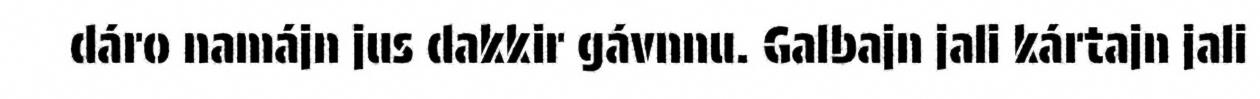
dáro namájn jus dakkir gávnnu. Galbajn jali kártajn jali